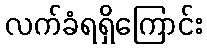
လက်ခံရရှိကြောင်း